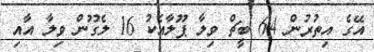
އޭގެ އިތުރުން 64 ބީޗް ވިލާ ޕޫލާއެކު 16 ލެގޫން ވިލާ އާއި